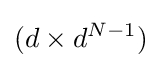
(d\times d^{N-1})